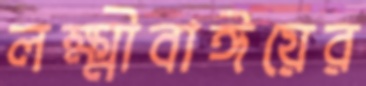
লক্ষ্মীবাঈয়ের